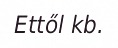
Ettől kb.